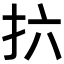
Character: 𫼚